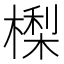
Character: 𣙔